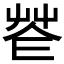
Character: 𦭫